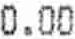
0.00